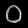
Digit: ၀